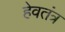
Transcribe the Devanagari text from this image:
हेवतंत्र